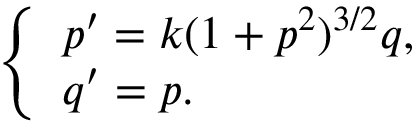
\left\{ \begin{array} { l l } { p ^ { \prime } = k ( 1 + p ^ { 2 } ) ^ { 3 / 2 } q , } \\ { q ^ { \prime } = p . } \end{array} \right.